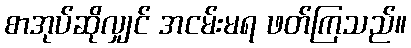
စာအုပ်ဆိုလျှင် အငမ်းမရ ဖတ်ကြသည်။